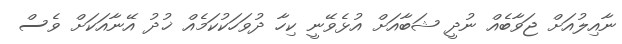
ނާއިލުއަށް ޖަވާބެއް ނުދީ ޝަބާއަށް އުޅެވޭނީ ކިހާ ދުވަހަކުކަމެއް ޚުދު އޭނާއަކަށް ވެސް